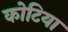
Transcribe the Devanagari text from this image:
कोटिया